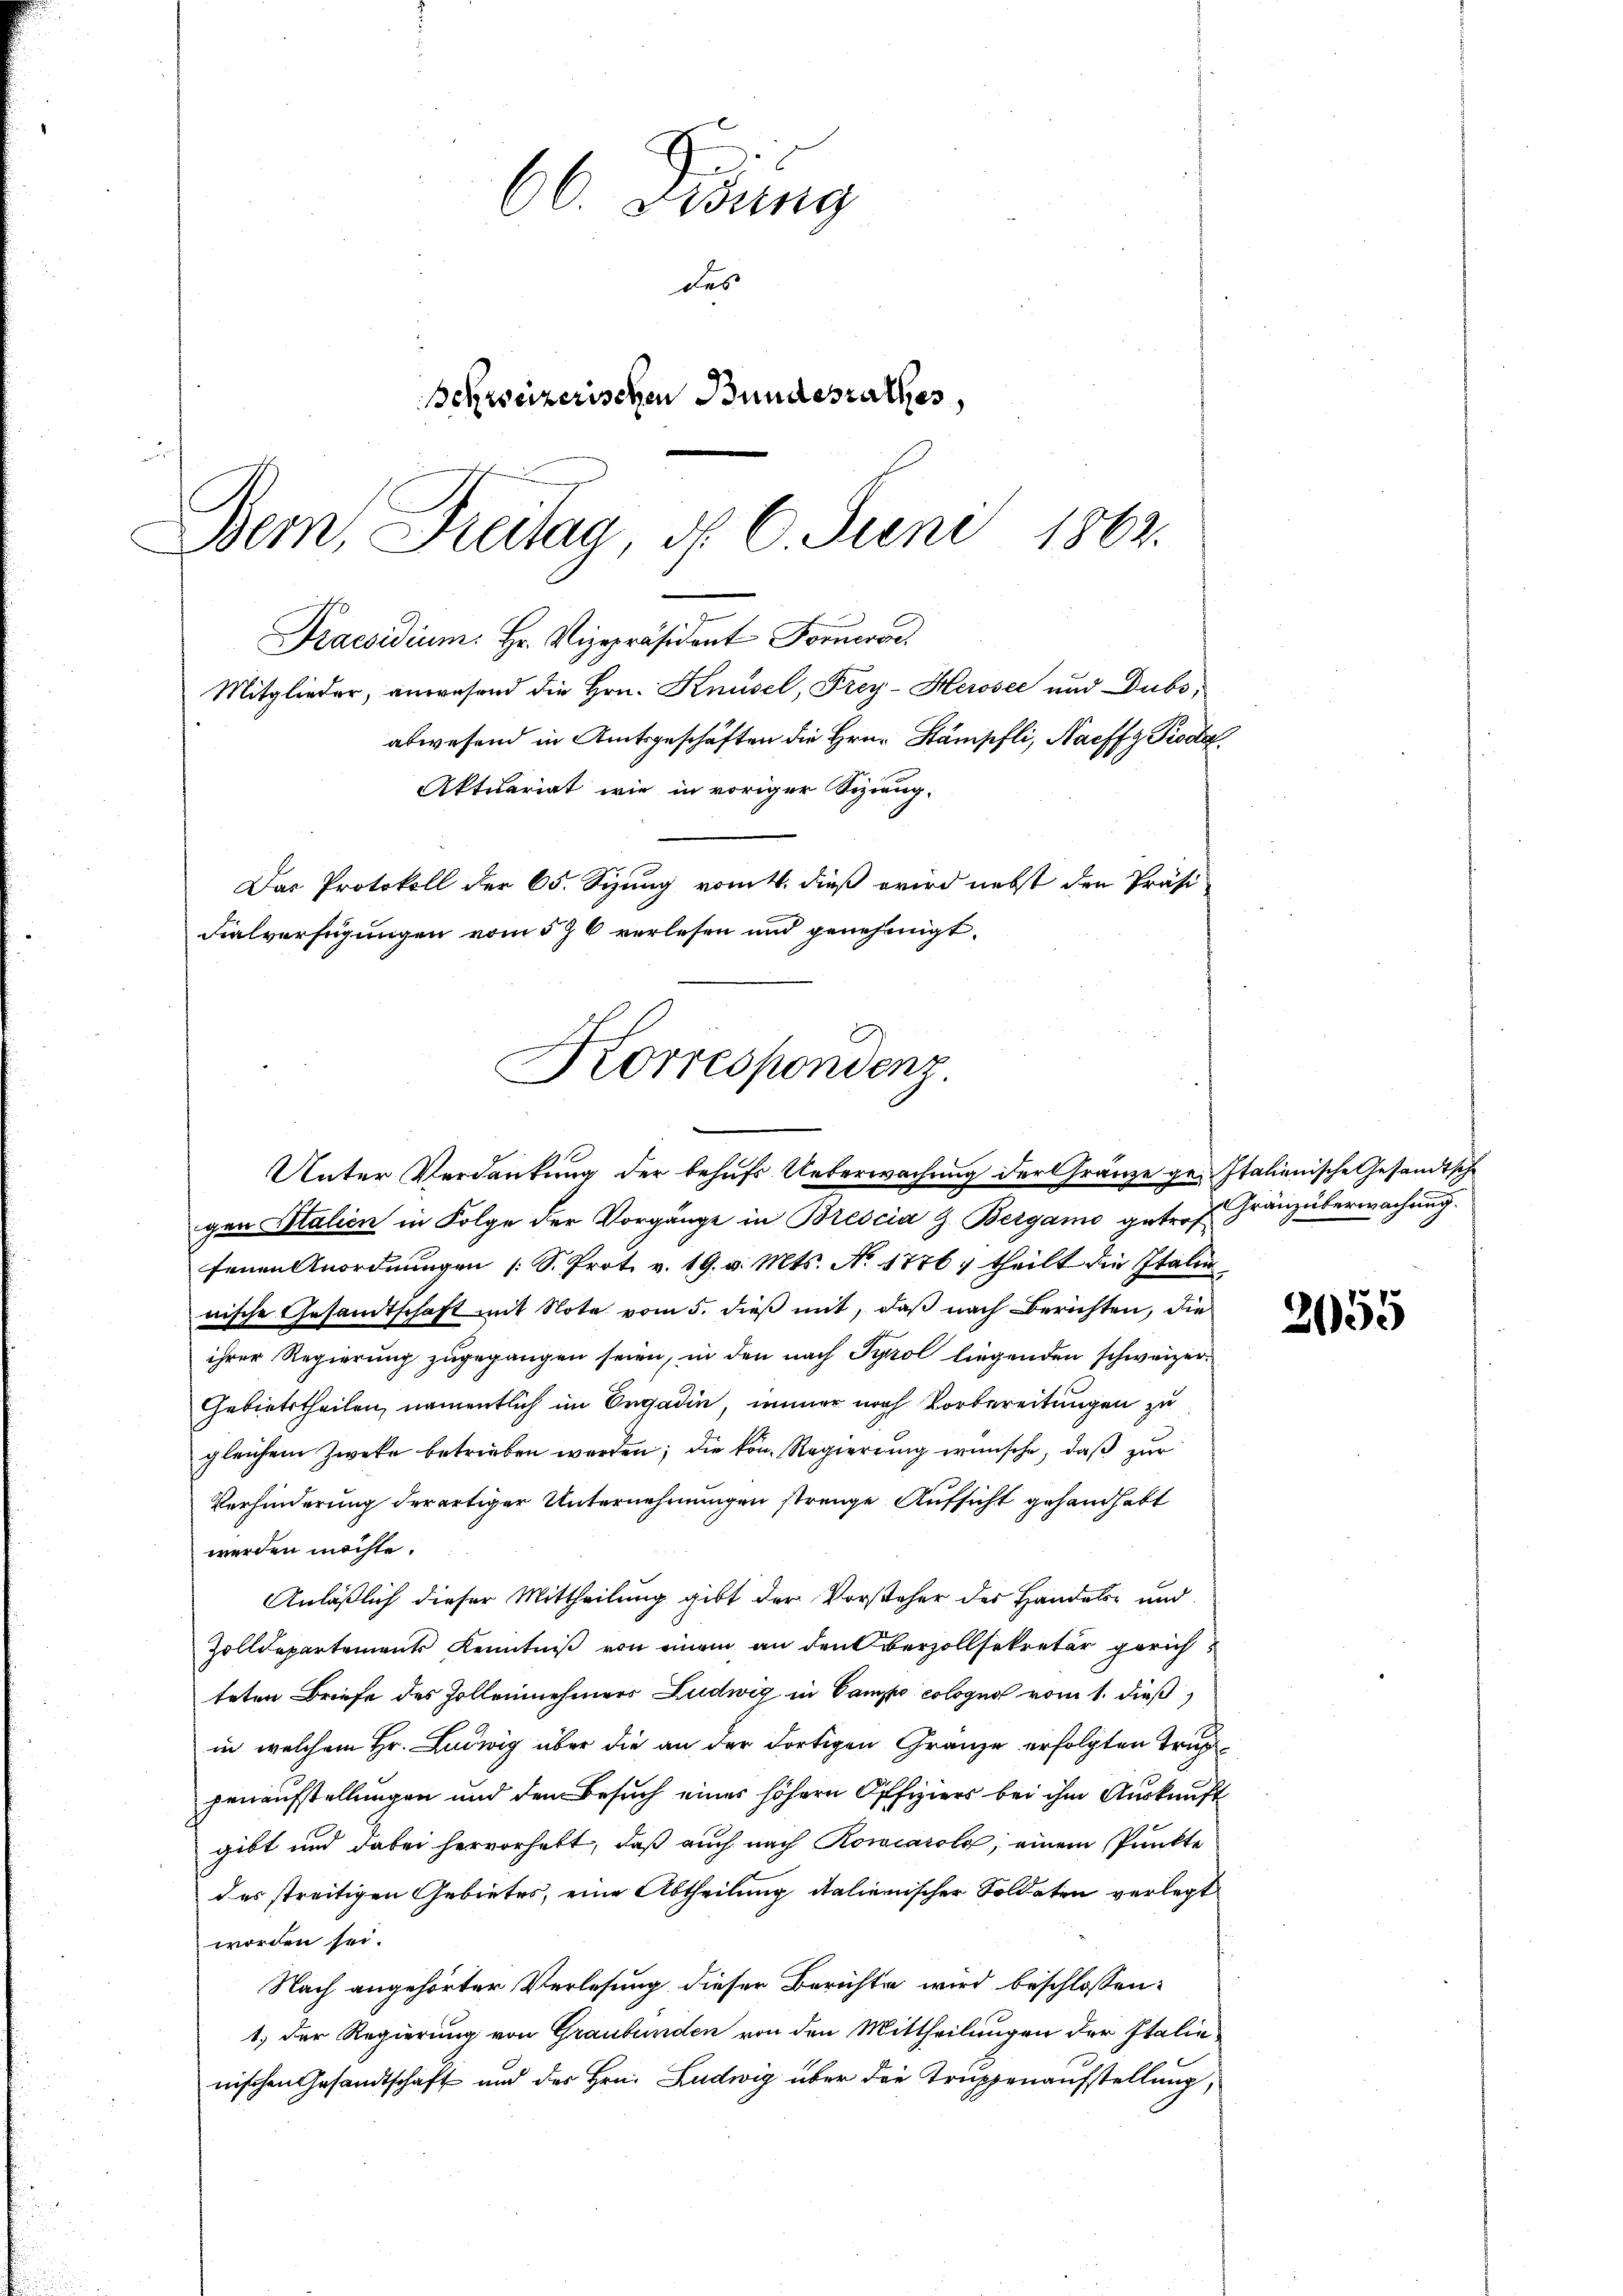
66. Didung
des
chweizerischen Bundesrathes,
u
Bem, Freitag, d. 6. Juni 1862.
Praesidium. Hr. Vizepräsident Fornerse
Mitglieder, anwesend die Hrn. Knüsel, Frey-Herosee und Dubs,
abwesend in Amtsgeschäften die Hrn. Stämpfli, Naeffz Pioda
Aktuariat wie in voriger Sizieng.
Das Protokoll der 65. Syung vom 4. dieß wird nebst den Präsi-
Fialverfügungen vom 570 verlesen und genehmigt.

Korrespondenz.

Unter Verdankung der behufs Ueberwachung der Gränze ge- Italienische Gesandtsche
gen Litalien in Folge der Vorgänge in Brescia z. Bergamo geters Gränzüberwachung.
fenen Anordnungen (S. Prot. v. 19. v. Mts. No 1776, theilt die Italie
nische Gesandtschaft mit Note vom 5. dieß mit, daß nach Berichten, die
ihrer Regierung zugegangen seien, in den nach Tyrol liegenden schweizer
Gebietstheilen, namentlich im Ergadin, immer nach Vorbereitungen zu
gleichem Zwecke betrieben werden; die von Regierung wünsche, daß zur
Verhinderung derartiger Unternehmungen strenge Aufsicht gehandhabt
werden möchte.
Anläßlich dieser Mittheilung gibt der Vorsteher des Handels- und
Zolldepartement Kenntniß von einem an den verzollsekretär gerichteten Briefe des Zollennehmers Ludwig in Campo cologno vom 1. dieß,
in welchem Hr. Ludwig über die an der dortigen Gränze erfolgten Truppenaufstellungen und dem Besuch eines höhern Offiziers bei ihm Auskunft
gibt und dabei hervorhabt, daß auch nach Rowiarola, einem Punkte
des streitigen Gebietes, eine Abtheilung italienischer Soldaten verlegt
worden sei.
Nach angehörter Verlesung dieser Berichte wird beschlossen:
1.) Der Regierung von Graubünden von den Mittheilungen der Italie
nischen Gesandtschaft und der Hrn. Ludwig über die Truppenaufstellung,

2155